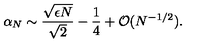
\alpha _ { N } \sim \frac { \sqrt { \epsilon N } } { \sqrt { 2 } } - \frac { 1 } { 4 } + { \cal O } ( N ^ { - 1 / 2 } ) .